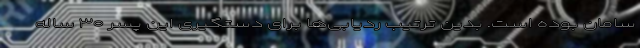
سامان بوده است. بدین ترتیب ردیابی‌ها برای دستگیری این پسر ۳۰ ساله